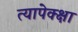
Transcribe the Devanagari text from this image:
त्यापेक्क्षा